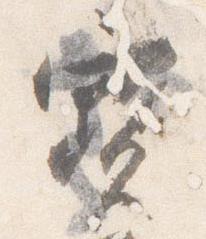
宝